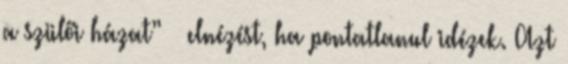
a szülői házat” — elnézést, ha pontatlanul idézek. Azt